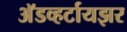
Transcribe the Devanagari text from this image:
अॅडव्हर्टायझर